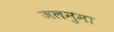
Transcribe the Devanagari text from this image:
जलनुमा